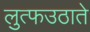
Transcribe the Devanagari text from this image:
लुत्फउठाते